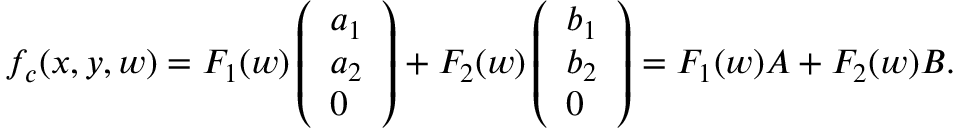
\begin{array} { r } { f _ { c } ( { x } , { y } , { w } ) = F _ { 1 } ( { w } ) \left( \begin{array} { l } { { a } _ { 1 } } \\ { { a } _ { 2 } } \\ { 0 } \end{array} \right) + F _ { 2 } ( { w } ) \left( \begin{array} { l } { { b } _ { 1 } } \\ { { b } _ { 2 } } \\ { 0 } \end{array} \right) = F _ { 1 } ( { w } ) { A } + F _ { 2 } ( { w } ) { B } . } \end{array}